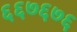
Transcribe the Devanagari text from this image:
६६७६७६